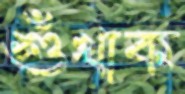
শুঁখাক